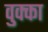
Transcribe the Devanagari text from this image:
वुक्का